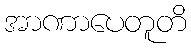
အာဏာပေတူတိ